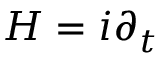
H = i \partial _ { t }